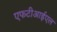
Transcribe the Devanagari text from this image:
एफटीआईएल